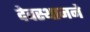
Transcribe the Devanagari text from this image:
देवस्थानने